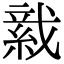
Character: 𦁋